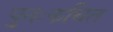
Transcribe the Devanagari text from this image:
पुनःकथित